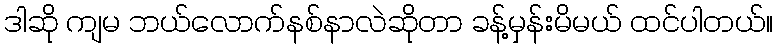
ဒါဆို ကျမ ဘယ်လောက်နစ်နာလဲဆိုတာ ခန့်မှန်းမိမယ် ထင်ပါတယ်။